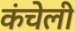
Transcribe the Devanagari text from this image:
कंचेली